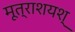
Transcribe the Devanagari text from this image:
मूत्राशयश्